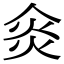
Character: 𠊌